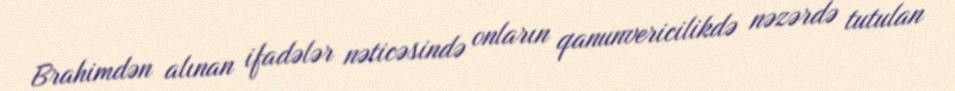
Brahimdən alınan ifadələr nəticəsində onların qanunvericilikdə nəzərdə tutulan